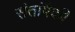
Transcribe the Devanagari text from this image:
संतांपैकी